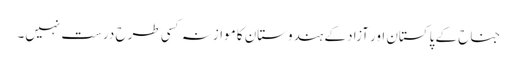
جناح کے پاکستان اور آزاد کے ہندوستان کا موازنہ کسی طرح درست نہیں۔